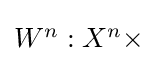
\textstyle W^{n}:X^{n}\times